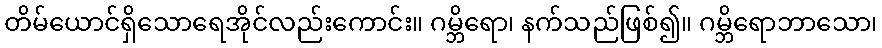
တိမ်ယောင်ရှိသောရေအိုင်လည်းကောင်း။ ဂမ္ဘိရော၊ နက်သည်ဖြစ်၍။ ဂမ္ဘိရောဘာသော၊